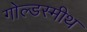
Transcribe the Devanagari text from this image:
गोल्डस्मीथ